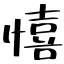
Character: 憘